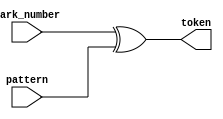
/*--  *******************************************************
--  Computer Architecture Course, Laboratory Sources 
--  Amirkabir University of Technology (Tehran Polytechnic)
--  Department of Computer Engineering (CE-AUT)
--  https://ce[dot]aut[dot]ac[dot]ir
--  *******************************************************
--  All Rights reserved (C) 2021-2022
--  *******************************************************
--  Student ID  : 
--  Student Name: 
--  Student Mail: 
--  *******************************************************
--  Additional Comments:
--
--*/

/*-----------------------------------------------------------
---  Module Name: token_production 
-----------------------------------------------------------*/
`timescale 1 ns/1 ns


module token_production(
	park_number,
	pattern,
	token);
	
	input [2:0] park_number;
	input [2:0] pattern;
	output reg [2:0] token;

	always @ (pattern or park_number)
		begin
			token = park_number ^ pattern;
		end
		
endmodule